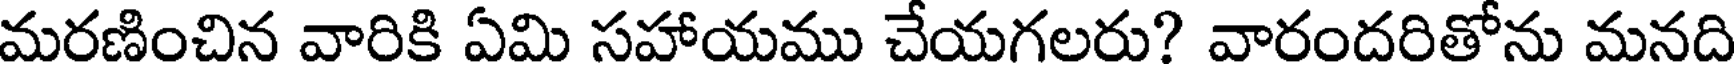
మరణించిన వారికి ఏమి సహాయము చేయగలరు? వారందరితోను మనది